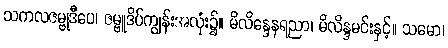
သကလဇမ္ဗုဒီပေ၊ ဇမ္ဗူဒိပ်ကျွန်းအလုံး၌။ မိလိန္ဒေနရညာ၊ မိလိန္ဒမင်းနှင့်။ သမော၊